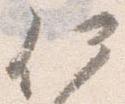
何